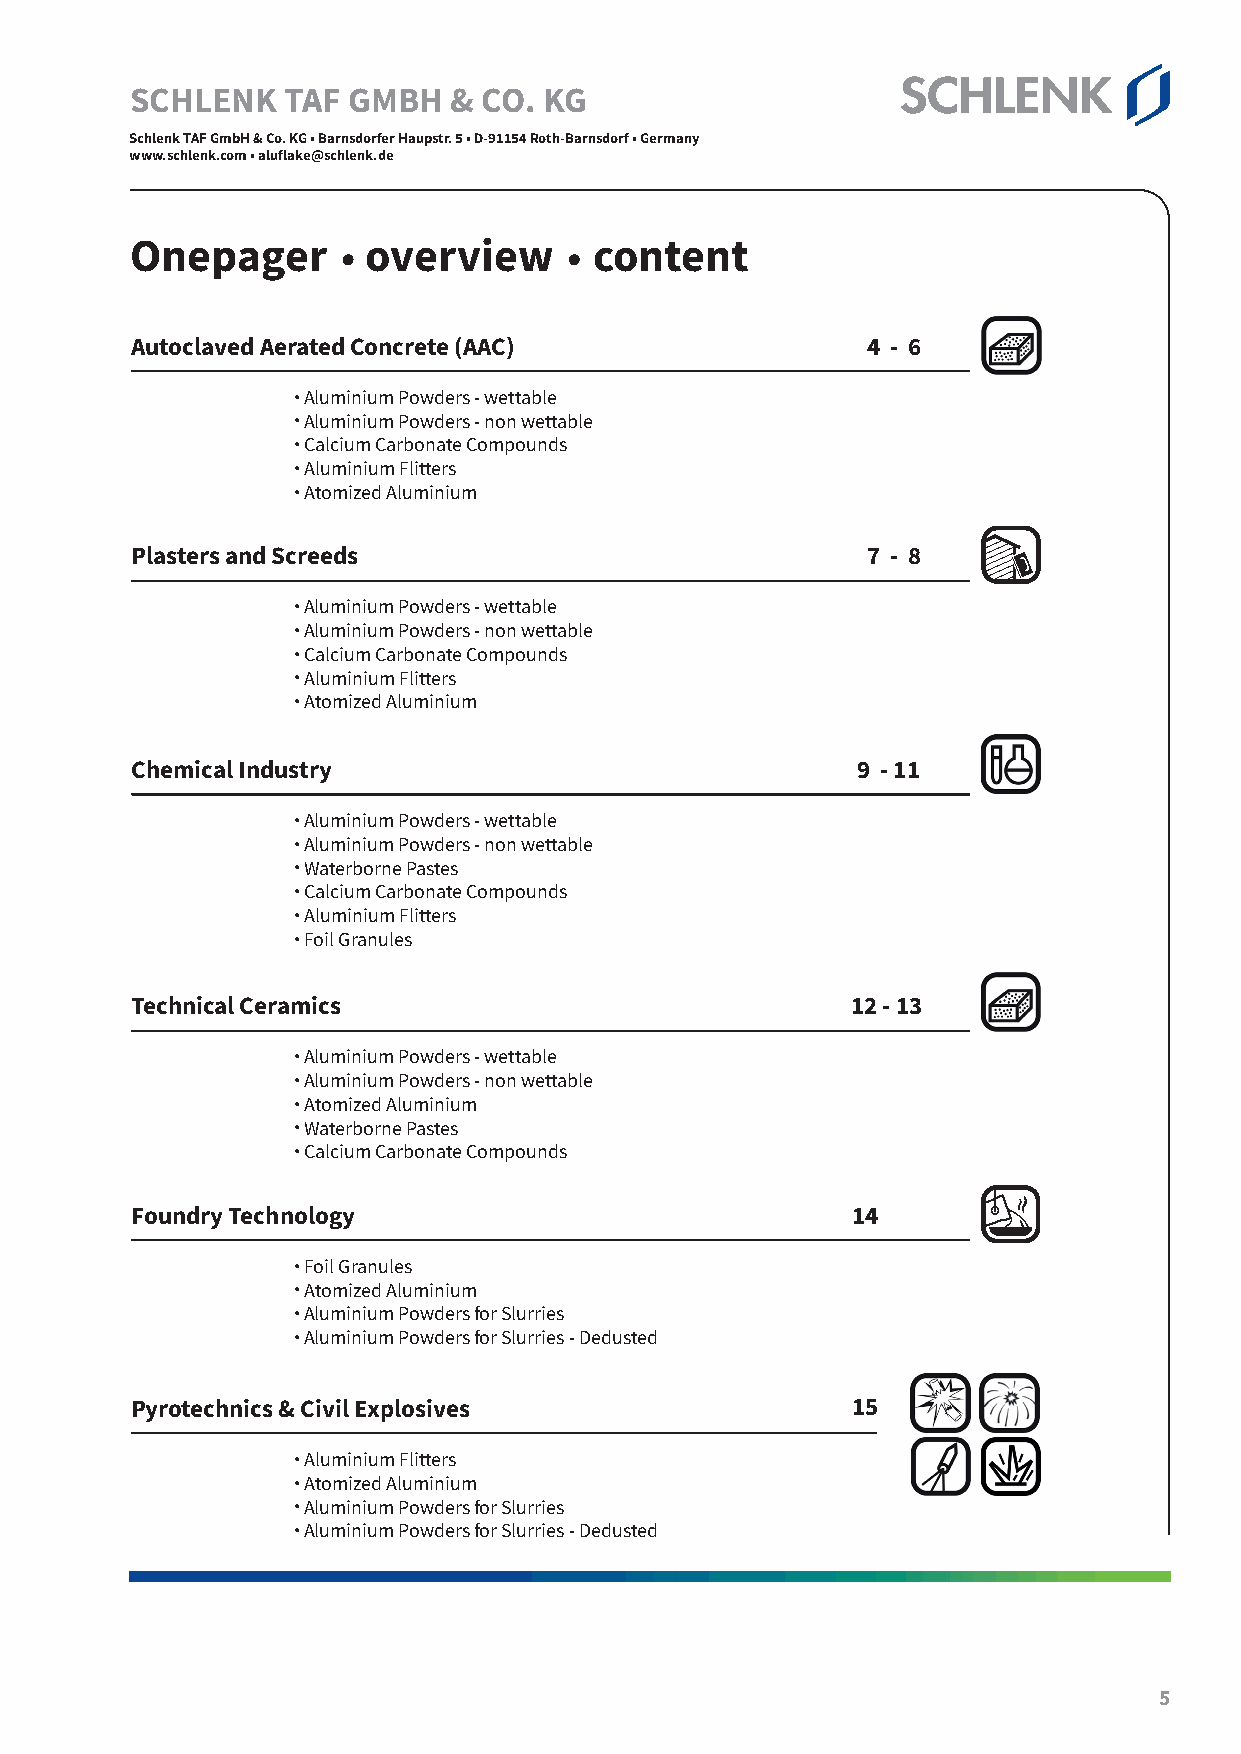
Schlenk TAF GmbH & Co. KG • Barnsdorfer Haupstr. 5 • D-91154 Roth-Barnsdorf • Germany
 wSwCw.sHchleLnkE.coNm •K alu flTakAe@Fsch lGenkM.deBH & CO. KG
 Director BU TAF: Uğur Çelikkayali, Tel. +49 9171 808 - 238
 SAcphplleicnakt iToAnF S GemrvbicHe &: D Cr.o G. KerGh a• rBda Srnpsicdkoerrf, eTre lH. a+4u9p s9t1r7. 15 8• 0D8- 9- 131505,4 Roth-Barnsdorf • Germany
 wDrw. Swe.bsachstlieannk B.ceorgmo l•d a, lTuefll.a +k4e9@ 91sc7h1 l8e0n8k -. d5e86, Stephan Krebs, Tel. +49 9171 808 - 315,
 Irina Safonova, Tel. +371 2000 5721 • Sales Department: Andreas Becker, Tel. +49 9171 808 - 262
 .              .
 Onepager       overview       content
 Autoclaved Aerated Concrete (AAC)               4 - 6
 . Aluminium Powders - wettable
 . Aluminium Powders - non wettable
 . Calcium Carbonate Compounds
 . Aluminium Flitters
 . Atomized Aluminium
 Plasters and Screeds                            7 - 8
 . Aluminium Powders - wettable
 . Aluminium Powders - non wettable
 . Calcium Carbonate Compounds
 . Aluminium Flitters
 . Atomized Aluminium
 Chemical Industry                               9 - 11
 . Aluminium Powders - wettable
 . Aluminium Powders - non wettable
 . Waterborne Pastes
 . Calcium Carbonate Compounds
 . Aluminium Flitters
 . Foil Granules
 Technical Ceramics                             12 - 13
 . Aluminium Powders - wettable
 . Aluminium Powders - non wettable
 . Atomized Aluminium
 . Waterborne Pastes
 . Calcium Carbonate Compounds
 Foundry Technology                             14
 . Foil Granules
 . Atomized Aluminium
 . Aluminium Powders for Slurries
 . Aluminium Powders for Slurries - Dedusted
 Pyrotechnics & Civil Explosives                15
 . Aluminium Flitters
 . Atomized Aluminium
 . Aluminium Powders for Slurries
 . Aluminium Powders for Slurries - Dedusted
 Data in this publication is based on careful investigations and is intended for information only. All information shall not be binding, shall carry no warranty as to certain
 ingredients, as to the fitting for a special purpose, as to the merchantability, or as to the industrial property rights of third parties. Any and all users are obliged to carry
 out tests on their own authority as well as to check the suitability and the danger of the respective product for a particular application. SCHLENK assumes no liability
 in this regard; neither to the exactness nor to the completeness of the data. We apply our General Sales Conditions to be found on www.schlenk.com. CS 01/2021
 5